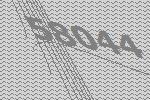
58044